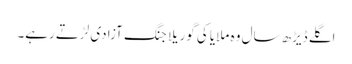
اگلے ڈیڑھ سال وہ ملایا کی گوریلا جنگ آزادی لڑتے رہے۔